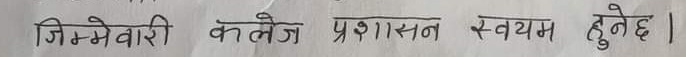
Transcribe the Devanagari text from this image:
जिम्मेवारी कलेज प्रशासन स्वयं हुनेछ ।